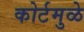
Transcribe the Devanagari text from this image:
कोर्टमुळे